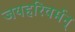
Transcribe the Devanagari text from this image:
जयहरिवर्मन्